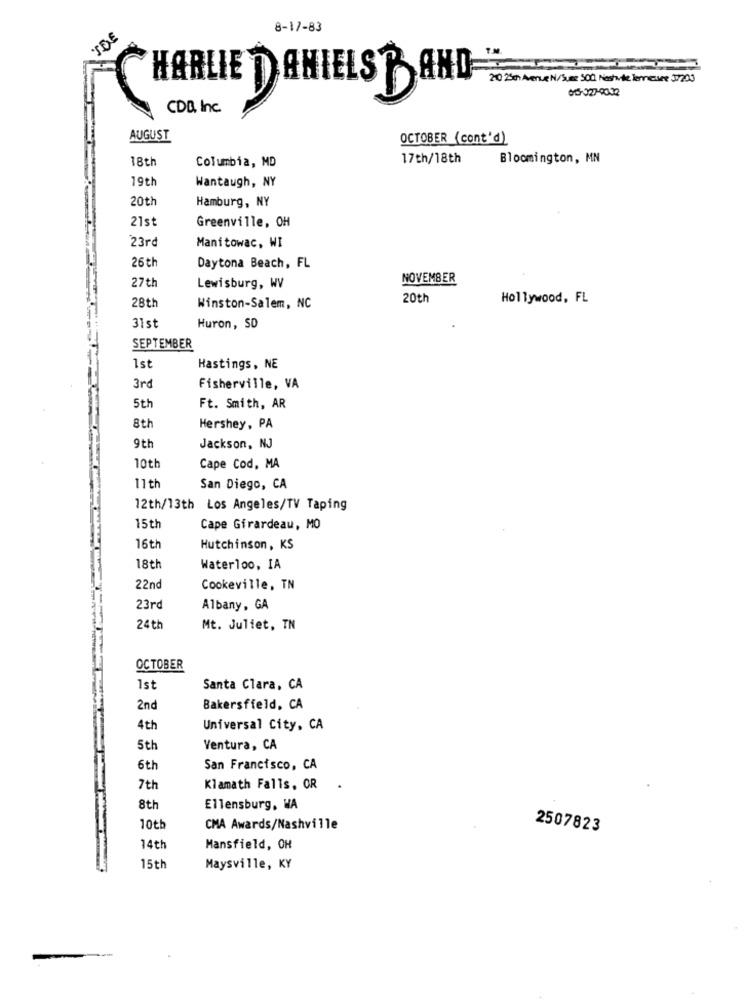
TDE
8-17-83
210 25th Avenue N/Suee 500 Nashvile lenneusee 37200
HARLIE DANIELST AND
CDD, Inc.
AUGUST
OCTOBER (cont'd)
18th
17th/18th
Bloomington, MN
Columbia, MD
19th
Wantaugh, NY
20th
Hamburg, NY
21st
Greenville, OH
23rd
Manitowac, WI
26 th
Daytona Beach, FL
27th
NOVEMBER
Lewisburg, WV
20th
Hollywood, FL
28th
Winston-Salem, NC
31st
Huron, SD
SEPTEMBER
Ist
Hastings, NE
3rd
Fisherville, VA
5th
Ft. Smith, AR
8th
Hershey, PA
9th
Jackson, NJ
10th
Cape Cod. MA
11th
San Diego, CA
12th/13th Los Angeles/TV Taping
15th
Cape Girardeau, MO
16th
Hutchinson, KS
18th
Waterloo, IA
22nd
Cookeville, TN
23rd
Albany, GA
24th
Mt. Juliet, TN
OCTOBER
1st
Santa Clara, CA
2nd
Bakersfield, CA
4th
Universal City, CA
5th
Ventura, CA
6th
San Francisco, CA
7th
Klamath Falls, OR
8th
Ellensburg, WA
10th
CMA Awards/Nashville
2507823
14th
Mansfield, OH
15th
Maysville, KY